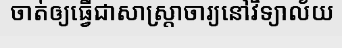
ចាត់ឲ្យធ្វើជាសាស្ត្រាចារ្យនៅវិទ្យាល័យ